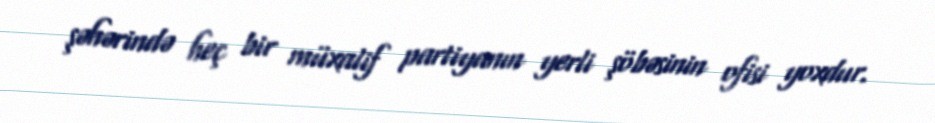
şəhərində heç bir müxalif partiyanın yerli şöbəsinin ofisi yoxdur.